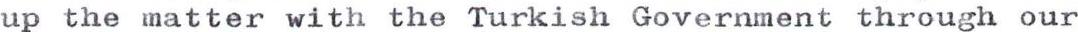
up the matter with the Turkish Government through our